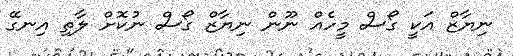
ނިޔާޒް އަކީ ގޯސް މީހެއް ނޫން ނިޔާޒް ގޯސް ނުކޮށް ލާތި އިނގޭ